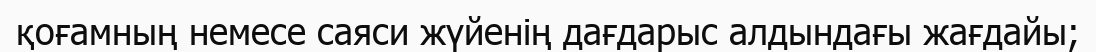
қоғамның немесе саяси жүйенің дағдарыс алдындағы жағдайы;